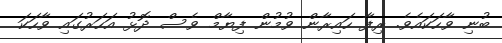
ބުނި ވާހަކައެވެ. ރިފާ ހައިރާން ވުމުން ފިޔާމް ވެސް ދޮޅު އަހަރުގައި ވާހަކަ